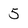
Character: 5